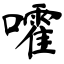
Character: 嚯